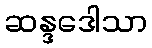
ဆန္ဒဒေါသာ